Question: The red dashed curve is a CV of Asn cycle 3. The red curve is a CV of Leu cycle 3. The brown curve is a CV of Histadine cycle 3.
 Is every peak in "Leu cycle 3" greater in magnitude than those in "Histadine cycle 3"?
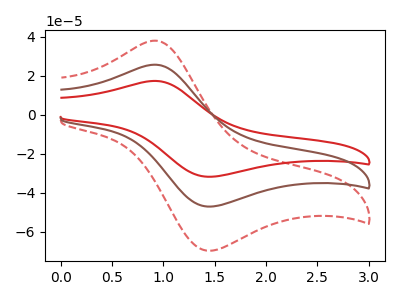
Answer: <think>The red dashed curve "Asn cycle 3" has an anodic peak at (0.95V, 51.20uA) and a cathodic peak at (1.40V, -94.05uA). The red curve "Leu cycle 3" has an anodic peak at (0.95V, 17.30uA) and a cathodic peak at (1.40V, -31.75uA). The brown curve "Histadine cycle 3" has an anodic peak at (0.95V, 25.60uA) and a cathodic peak at (1.40V, -47.00uA).</think>
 <answer>Every peak in "Leu cycle 3" is lower than every peak in "Histadine cycle 3".</answer>
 <eval>lower</eval>